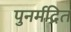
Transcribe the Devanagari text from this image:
पुनर्मद्रित